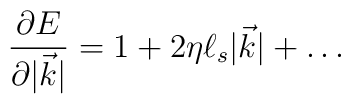
\frac{\partial E}{\partial |{\vec k}|} = 1 + 2\eta \ell_s|{\vec k}| + \dots